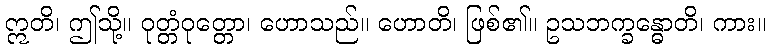
ဣတိ၊ ဤသို့။ ဝုတ္တံဝုတ္တော၊ ဟောသည်။ ဟောတိ၊ ဖြစ်၏။ ဥသဘက္ခန္ဓောတိ၊ ကား။